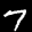
Label: 7